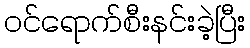
ဝင်ရောက်စီးနင်းခဲ့ပြီး